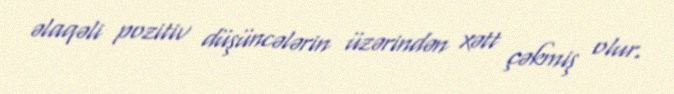
əlaqəli pozitiv düşüncələrin üzərindən xətt çəkmiş olur.